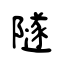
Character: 隧